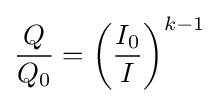
{\frac {Q}{Q_{0}}}=\left({\frac {I_{0}}{I}}\right)^{k-1}